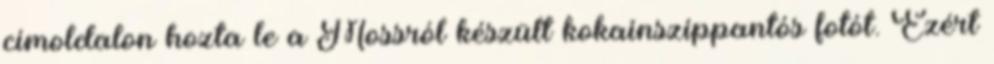
címoldalon hozta le a Mossról készült kokainszippantós fotót. Ezért